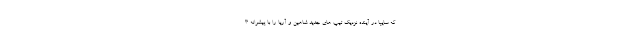
که سایپا در آینده نزدیک تیپ های جدید شاهین و آریا را با پیشرانه ۳